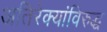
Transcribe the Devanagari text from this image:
अतिरेक्यांविरुद्ध